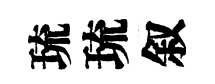
琉琉叙